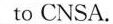
( )1. How does the passage lead to the topic?